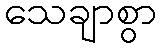
သေချာစွာ